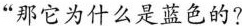
”那它为什么是蓝色的?